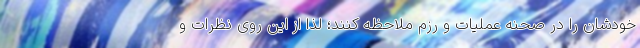
خودشان را در صحنه عملیات و رزم ملاحظه کنند؛ لذا از این روی نظرات و